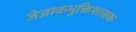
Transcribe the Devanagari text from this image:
जेजाकभुक्तिशासक